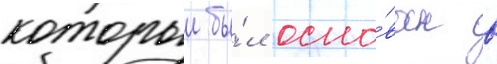
которыи бы́л осно́ван в